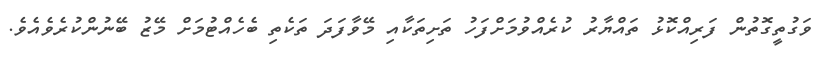
ވަގުތީގޮތުން ފަރިއްކޮޅު ތައްޔާރު ކުރެއްވުމަށްފަހު ތަށިތަކާއި މޭވާފަދަ ތަކެތި ބެހެއްޓުމަށް މޭޒު ބޭނުންކުރެވެއެވެ.